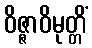
ဝိဇ္ဇာဝိမုတ္တိံ